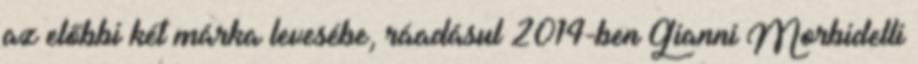
az előbbi két márka levesébe, ráadásul 2014-ben Gianni Morbidelli